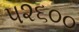
૫૨૬૦૦